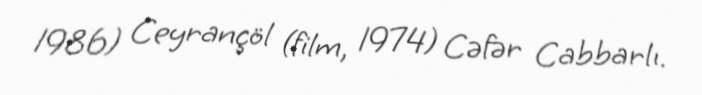
1986) Ceyrançöl (film, 1974) Cəfər Cabbarlı.